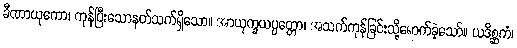
ခီဏာယုကော၊ ကုန်ပြီးသောနတ်သက်ရှိသော။ အာယုက္ခယပ္ပတ္တော၊ အသက်ကုန်ခြင်းသို့ရောက်ခဲ့သော်။ ယဒိစ္ဆကံ၊